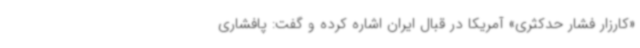
«کارزار فشار حدکثری» آمریکا در قبال ایران اشاره کرده و گفت: پافشاری